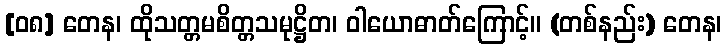
[၀၈] တေန၊ ထိုသတ္တမစိတ္တသမုဋ္ဌိတ၊ ဝါယောဓာတ်ကြောင့်။ (တစ်နည်း) တေန၊